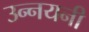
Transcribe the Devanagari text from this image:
उन्नयनी